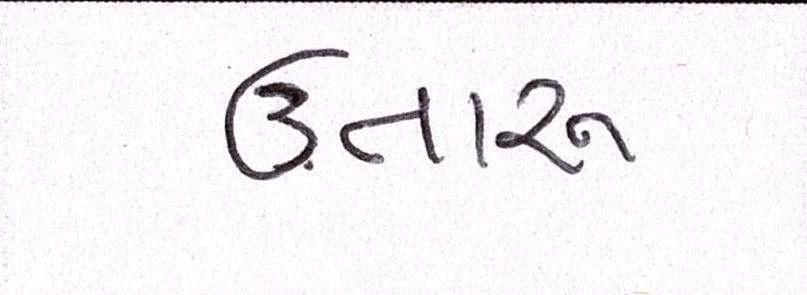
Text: ઉતારુ